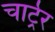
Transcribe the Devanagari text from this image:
चार्ट्रर